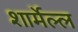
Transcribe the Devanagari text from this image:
शार्मेल्ल